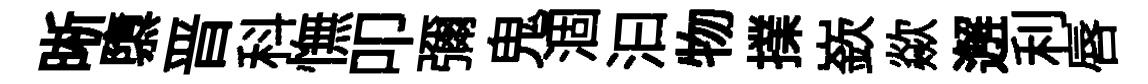
晰隳晋科憮叩彌鬼涸汩物擈嶔歘邂利唇